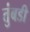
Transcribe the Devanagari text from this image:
तुंबडी